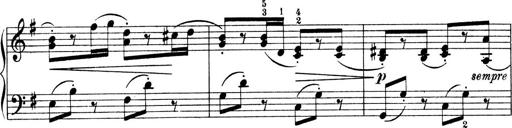
Title: 4 Sonatines
Composer: Max Reger